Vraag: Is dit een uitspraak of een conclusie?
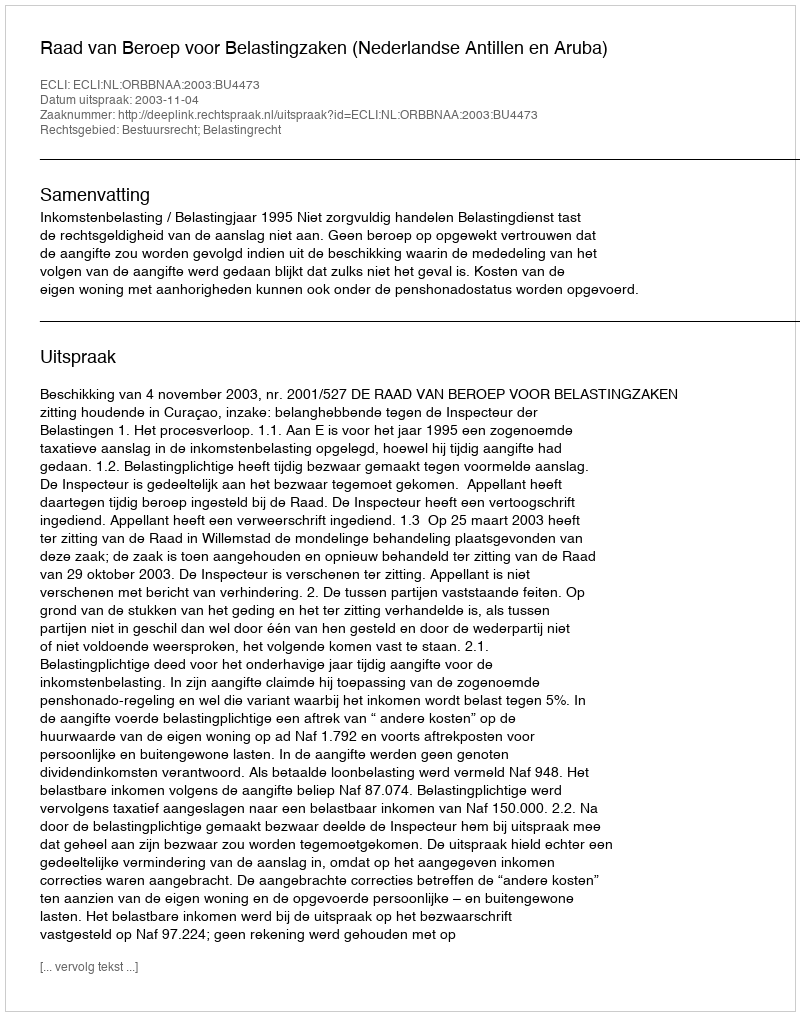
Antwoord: Uitspraak